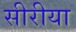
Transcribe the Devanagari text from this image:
सीरीया